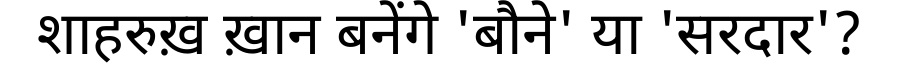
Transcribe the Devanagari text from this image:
शाहरुख़ ख़ान बनेंगे 'बौने' या 'सरदार'?